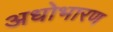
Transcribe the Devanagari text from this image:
अधोभारण